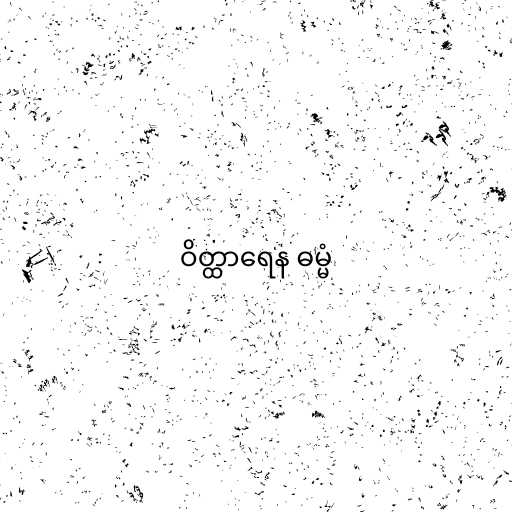
ဝိတ္ထာရေန ဓမ္မံ